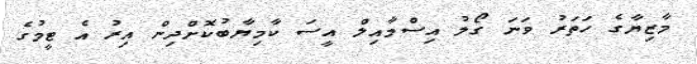
މާޒިޔާގެ ހަތަރު ވަނަ ގޯލު އިސްމާއިލް އީސަ ކާމިޔާބުކޮށްދިން އިރު އެ ޓީމުގެ